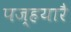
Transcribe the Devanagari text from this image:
पज्हयारै